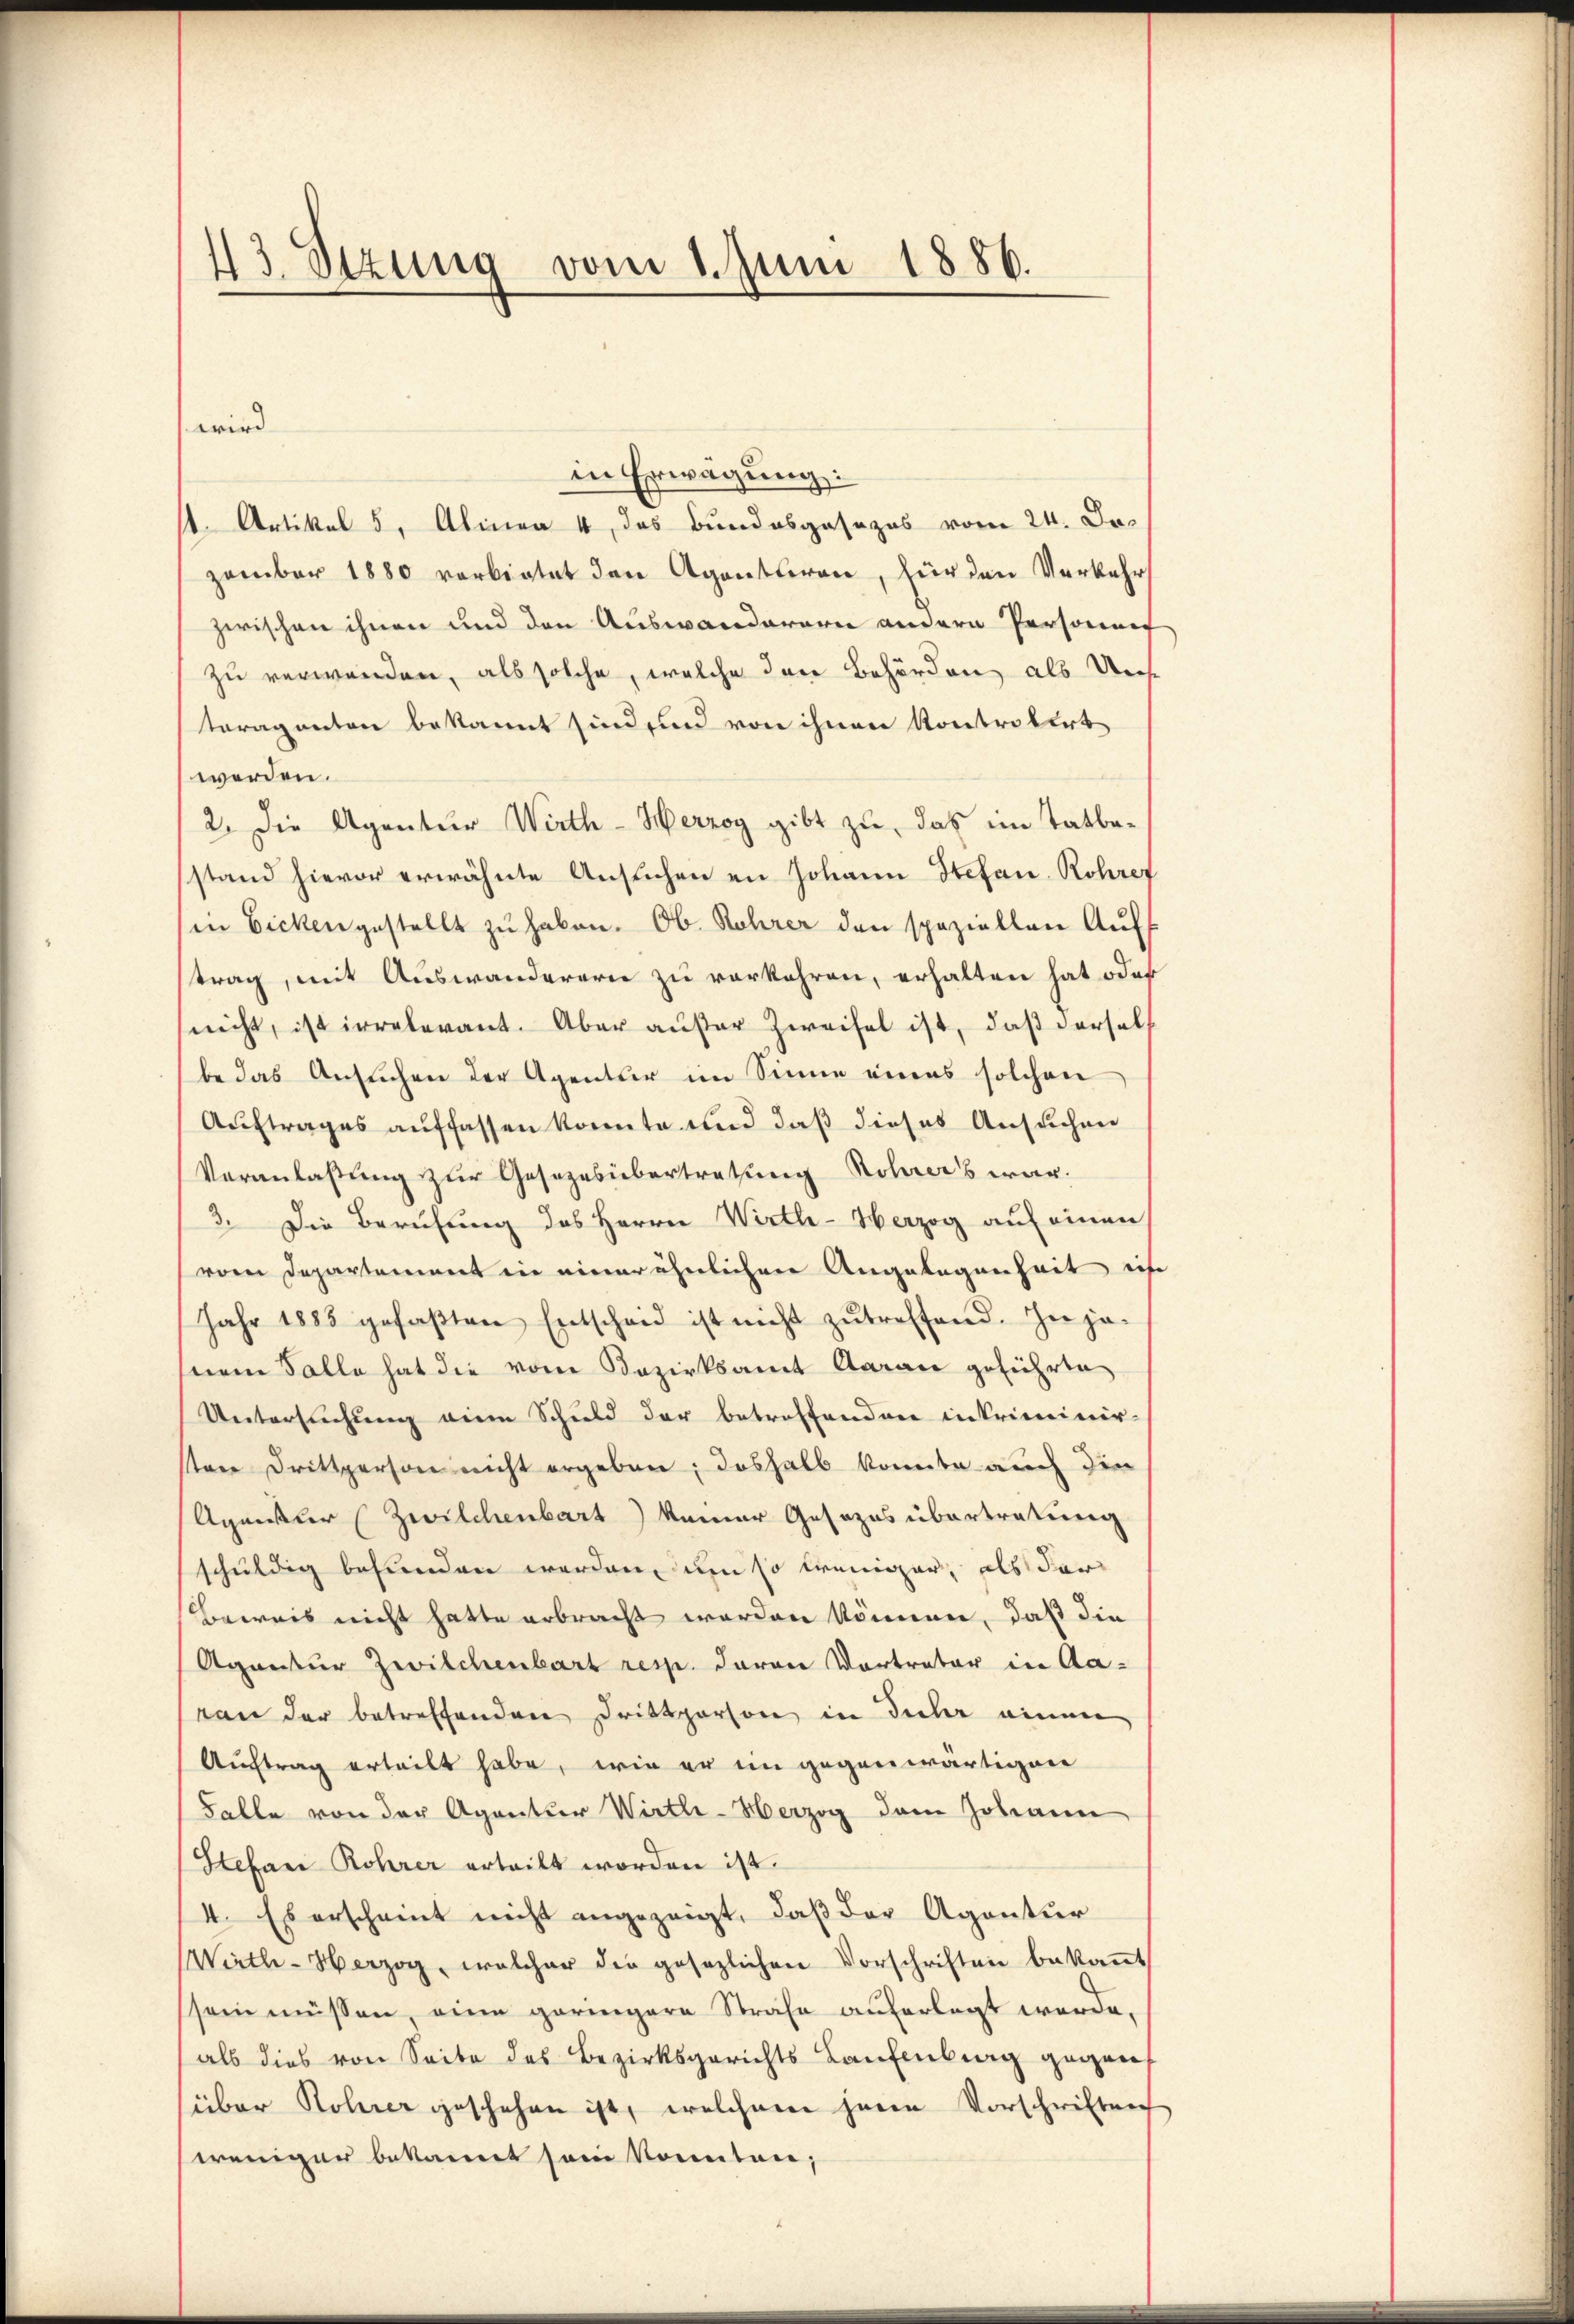
43. Sezung vom 1. Juni 1886.

wird
in Erwägung:
st. Artikel 5, Alinea 4, das Bundesgesezes vom 24. Dozember 1880 verbietet den Agentiren, für den Verkehr
zwischen ihnen und den Auswanderern andern Personnet
zu verwenden, als solche, welche den Behörden als Uns
teraganton bekannt sind und von ihnen Kontrolirt
werden.
2. Die Agentur Wirth - Herzog gibt zu, das im Tatbestand hievor erwähnte Ansuchen in Johann Stefan Rohret
in Bicken gestellt zu haben. Ob. Rohrer den speziellen Auf
trag, mit Auswanderern zu verkehren, erhalten hat oder
nicht, ist irrelevant. Aber außer Zweifel ist, daß dersel
be das Ansŭchen der Agentur im Sinne eines solchen
Auftrages auffassen konnte und daß dieses Ansuchen
Veranlaßung zur Gesezesübertretung Rohrers war.
3. Die Berufung des Herrn Wirth-Herzog auf einen
vom Departement in einer ähnlichen Angelegenheit ich
Jahr 1883 gefaβten Entscheid ist nicht zutreffend. In je-
snem Falle hat die vom Bezirksamt Aarau geführte
Untersuchung eine Schuld der betreffenden in kriminir-
stere Drittperson nicht ergeben; deshalb konnte auch die
Agmeister (Zwilchenbart keiner Gesezes übertretung
schuldig befunden werden, um so weniger, als dar¬
Beweis nicht hatte erbracht worden können, daß die
Agantur Zwilchenbart resp. davon Vortrator in Aavon der betreffenden Drittperson in Fuhr einem
Auftrag erteilt habe, wie er im gegenwärtigen
Falle von der Agentur Wirtle-Herzog dem Johann
Stefan Rohrer erteilt worden ist.
4. Es erscheint nicht angezeigt, daß der Agentur
Wirth- Herzog, welcher die gesezlichen Vorschriften bekaṅt
sein müssen, eine geringere Strafe auferlegt werde.
als dies von Seite des Bezirksgerichts Laufenburg gegen
über Rohrer geschehen ist, welchem jenen Vorschriftung
weniger bekannt sein konnten;